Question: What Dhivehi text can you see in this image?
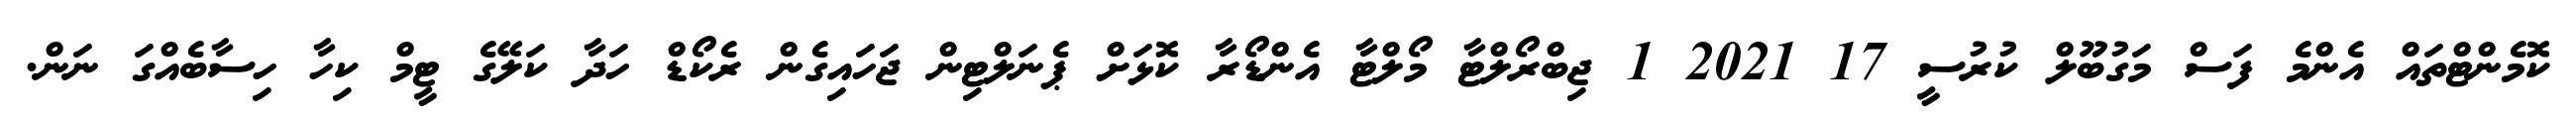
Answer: ކޮމެންޓްތައް އެންމެ ފަސް މަގުބޫލް ކުރުސީ 17 2021 1 ޖިބްރޯލްޓާ މޯލްޓާ އެންޑޯރާ ކޮޅަށް ޕެނަލްޓިން ޖަހައިގެން ރެކޯޑް ހަދާ ކަލޭގެ ޓީމް ކިހާ ހިސާބެއްގަ ނަން.